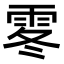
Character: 𩂓